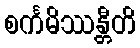
စင်္ကမိဿန္တီတိ